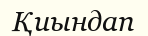
Қиындап